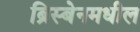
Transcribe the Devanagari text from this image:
ब्रिस्बेनमधील